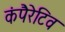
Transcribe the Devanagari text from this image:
कंपैरेटिव